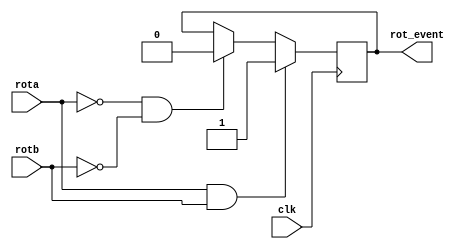
`timescale 1ns / 1ps
//////////////////////////////////////////////////////////////////////////////////
// Company: 
// Engineer: 
// 
// Design Name: 
// Module Name:    rotor 
// Project Name: 
// Target Devices: 
// Tool versions: 
// Description: 
//
// Dependencies: 
//
// Revision: 
// Revision 0.01 - File Created
// Additional Comments: 
//
//////////////////////////////////////////////////////////////////////////////////
module rotor(rota, rotb, clk, rot_event);

input rota, rotb, clk;
output  rot_event;
reg rot_event = 0;

always @(posedge clk) begin
	if(rota & rotb)
		rot_event <= 1;
	else if(~rota & ~rotb)
		rot_event <= 0;
end

endmodule